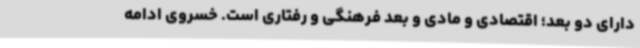
دارای دو بعد؛ اقتصادی و مادی و بعد فرهنگی و رفتاری است. خسروی ادامه